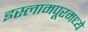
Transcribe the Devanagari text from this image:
इस्लामपूरमध्ये